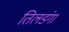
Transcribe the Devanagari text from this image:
तिलडंगा